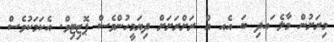
މިރަށުން މާލެ ަައދި ބަ އެއ އް ރަށްރަށަށް ދިޔަމީހުންވެސް ޕޮޒިޓިވް. އެކަމަކުވެސް